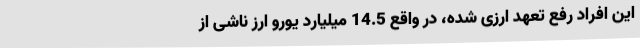
این افراد رفع تعهد ارزی شده، در واقع 14.5 میلیارد یورو ارز ناشی از